Vaccination in Bombay 1869-1873 - 1869-1873
Year: 1869
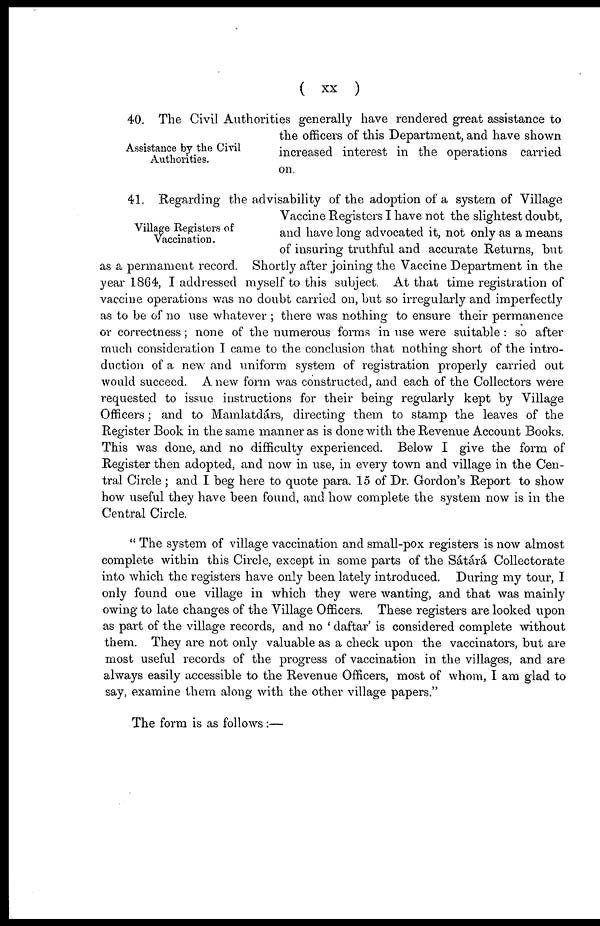
( xx )
Assistance by the Civil
Authorities.
40. The Civil Authorities generally have rendered great assistance to
the officers of this Department, and have shown
increased interest in the operations carried
on.
Village Registers of
Vaccination.
41. Regarding the advisability of the adoption of a system of Village
Vaccine Registers I have not the slightest doubt,
and have long advocated it, not only as a means
of insuring truthful and accurate Returns, but
as a permament record. Shortly after joining the Vaccine Department in the
year 1864, I addressed myself to this subject. At that time registration of
vaccine operations was no doubt carried on, but so irregularly and imperfectly
as to be of no use whatever ; there was nothing to ensure their permanence
or correctness; none of the numerous forms in use were suitable : so after
much consideration I came to the conclusion that nothing short of the intro-
duction of a new and uniform system of registration properly carried out
would succeed. A new form was constructed, and each of the Collectors were
requested to issue instructions for their being regularly kept by Village
Officers; and to Mamlatdárs, directing them to stamp the leaves of the
Register Book in the same manner as is done with the Revenue Account Books.
This was done, and no difficulty experienced. Below I give the form of
Register then adopted, and now in use, in every town and village in the Cen-
tral Circle ; and I beg here to quote para. 15 of Dr. Gordon's Report to show
how useful they have been found, and how complete the system now is in the
Central Circle.
" The system of village vaccination and small-pox registers is now almost
complete within this Circle, except in some parts of the Sátárá Collectorate
into which the registers have only been lately introduced. During my tour, I
only found one village in which they were wanting, and that was mainly
owing to late changes of the Village Officers. These registers are looked upon
as part of the village records, and no ' daftar' is considered complete without
them. They are not only valuable as a check upon the vaccinators, but are
most useful records of the progress of vaccination in the villages, and are
always easily accessible to the Revenue Officers, most of whom, I am glad to
say, examine them along with the other village papers."
The form is as follows:—